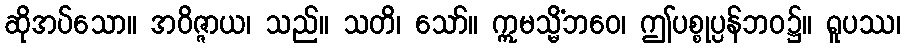
ဆိုအပ်သော။ အဝိဇ္ဇာယ၊ သည်။ သတိ၊ သော်။ ဣမသ္မိံဘဝေ၊ ဤပစ္စုပ္ပန်ဘဝ၌။ ရူပဿ၊